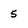
Character: 5